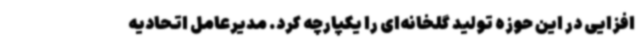
افزایی در این حوزه تولید گلخانه‌ای را یکپارچه کرد. مدیرعامل اتحادیه